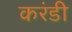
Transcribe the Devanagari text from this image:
करंडी